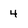
Character: 4